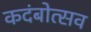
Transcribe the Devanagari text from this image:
कदंबोत्सव